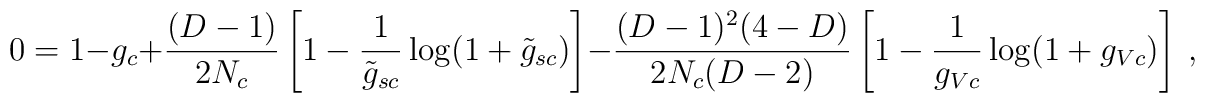
0=1-g_c + \frac{(D-1)}{2N_c}          \left[ 1-\frac{1}{\tilde{g}_{sc}}\log(1+\tilde{g}_{sc}) \right]      - \frac{(D-1)^2(4-D)}{2N_c(D-2)}          \left[ 1-\frac{1}{g_{Vc}}\log(1+g_{Vc}) \right]\ ,